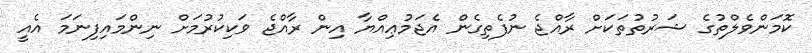
ކޮމަންވެލްތުގެ ޝަރުތުތަކަށް ރާއްޖެ ނުފެތިގެން އެޖަމުޢިއްޔާ އިން ރާއްޖެ ވަކިކުރުމަށް ނިންމައިފިނަމަ އެއީ